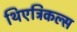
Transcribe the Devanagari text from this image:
थिएट्रिकल्स